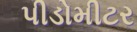
પીડોમીટર